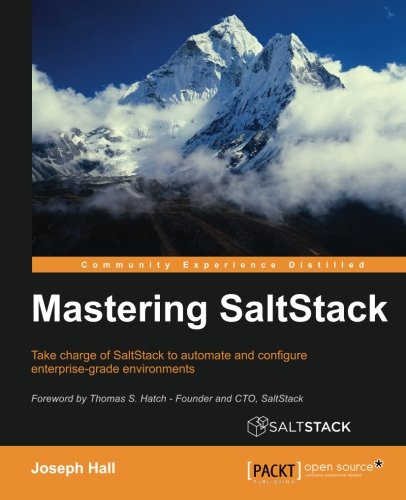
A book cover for Mastering SaltStack; Joseph Hall; Computers & Technology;